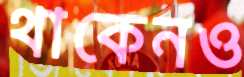
থাকেনও